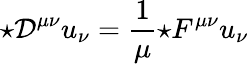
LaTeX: {\star{\mathcal{D}}^{\mu\nu}}u_{\nu}={\frac{1}{\mu}}{\star F^{\mu\nu}}u_{\nu}